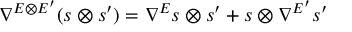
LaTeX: \nabla ^ { E \otimes E ^ { \prime } } ( s \otimes s ^ { \prime } ) = \nabla ^ { E } s \otimes s ^ { \prime } + s \otimes \nabla ^ { E ^ { \prime } } s ^ { \prime }